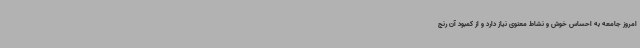
امروز جامعه به احساس خوش و نشاط معنوی نیاز دارد و از کمبود آن رنج